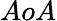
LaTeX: AoA